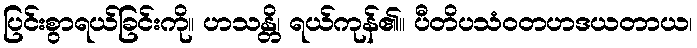
ပြင်းစွာရယ်ခြင်းကို။ ဟသန္တိ၊ ရယ်ကုန်၏။ ပီတိပသံဝတဟဒယတာယ၊